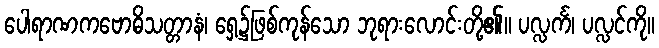
ပေါရာဏကဗောဓိသတ္တာနံ၊ ရှေ့၌ဖြစ်ကုန်သော ဘုရားလောင်းတို့၏။ ပလ္လင်္က၊ ပလ္လင်ကို။